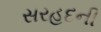
સરહદની